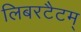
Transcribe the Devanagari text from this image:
लिबरटैटम्